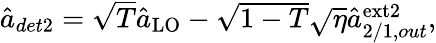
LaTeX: \begin{array}{r}{\hat{a}_{det2}=\sqrt{T}\hat{a}_{\mathrm{LO}}-\sqrt{1-T}\sqrt{\eta}\hat{a}_{2/1,out}^{\mathrm{ext2}},}\end{array}